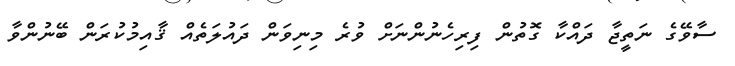
ސާވޭގެ ނަތީޖާ ދައްކާ ގޮތުން ފިރިހެނުންނަށް ވުރެ މިނިވަން ދައުލަތެއް ޤާއިމުކުރަން ބޭނުންވާ